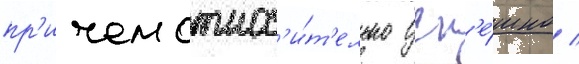
пр'ичем относ'и́т'ельно усп'е́шно /